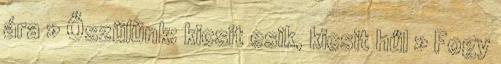
ára » Őszülünk: kicsit esik, kicsit hűl » Fogy